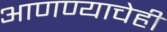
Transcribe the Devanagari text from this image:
आणण्याचेही